Bréfritari: Sigríður Pálsdóttir
Viðtakandi: Páll Pálsson
Dagsetning: A-1842-04-30
Skrifað á: Síðumúla  Mýr.
Páll var bróðir Sigríðar

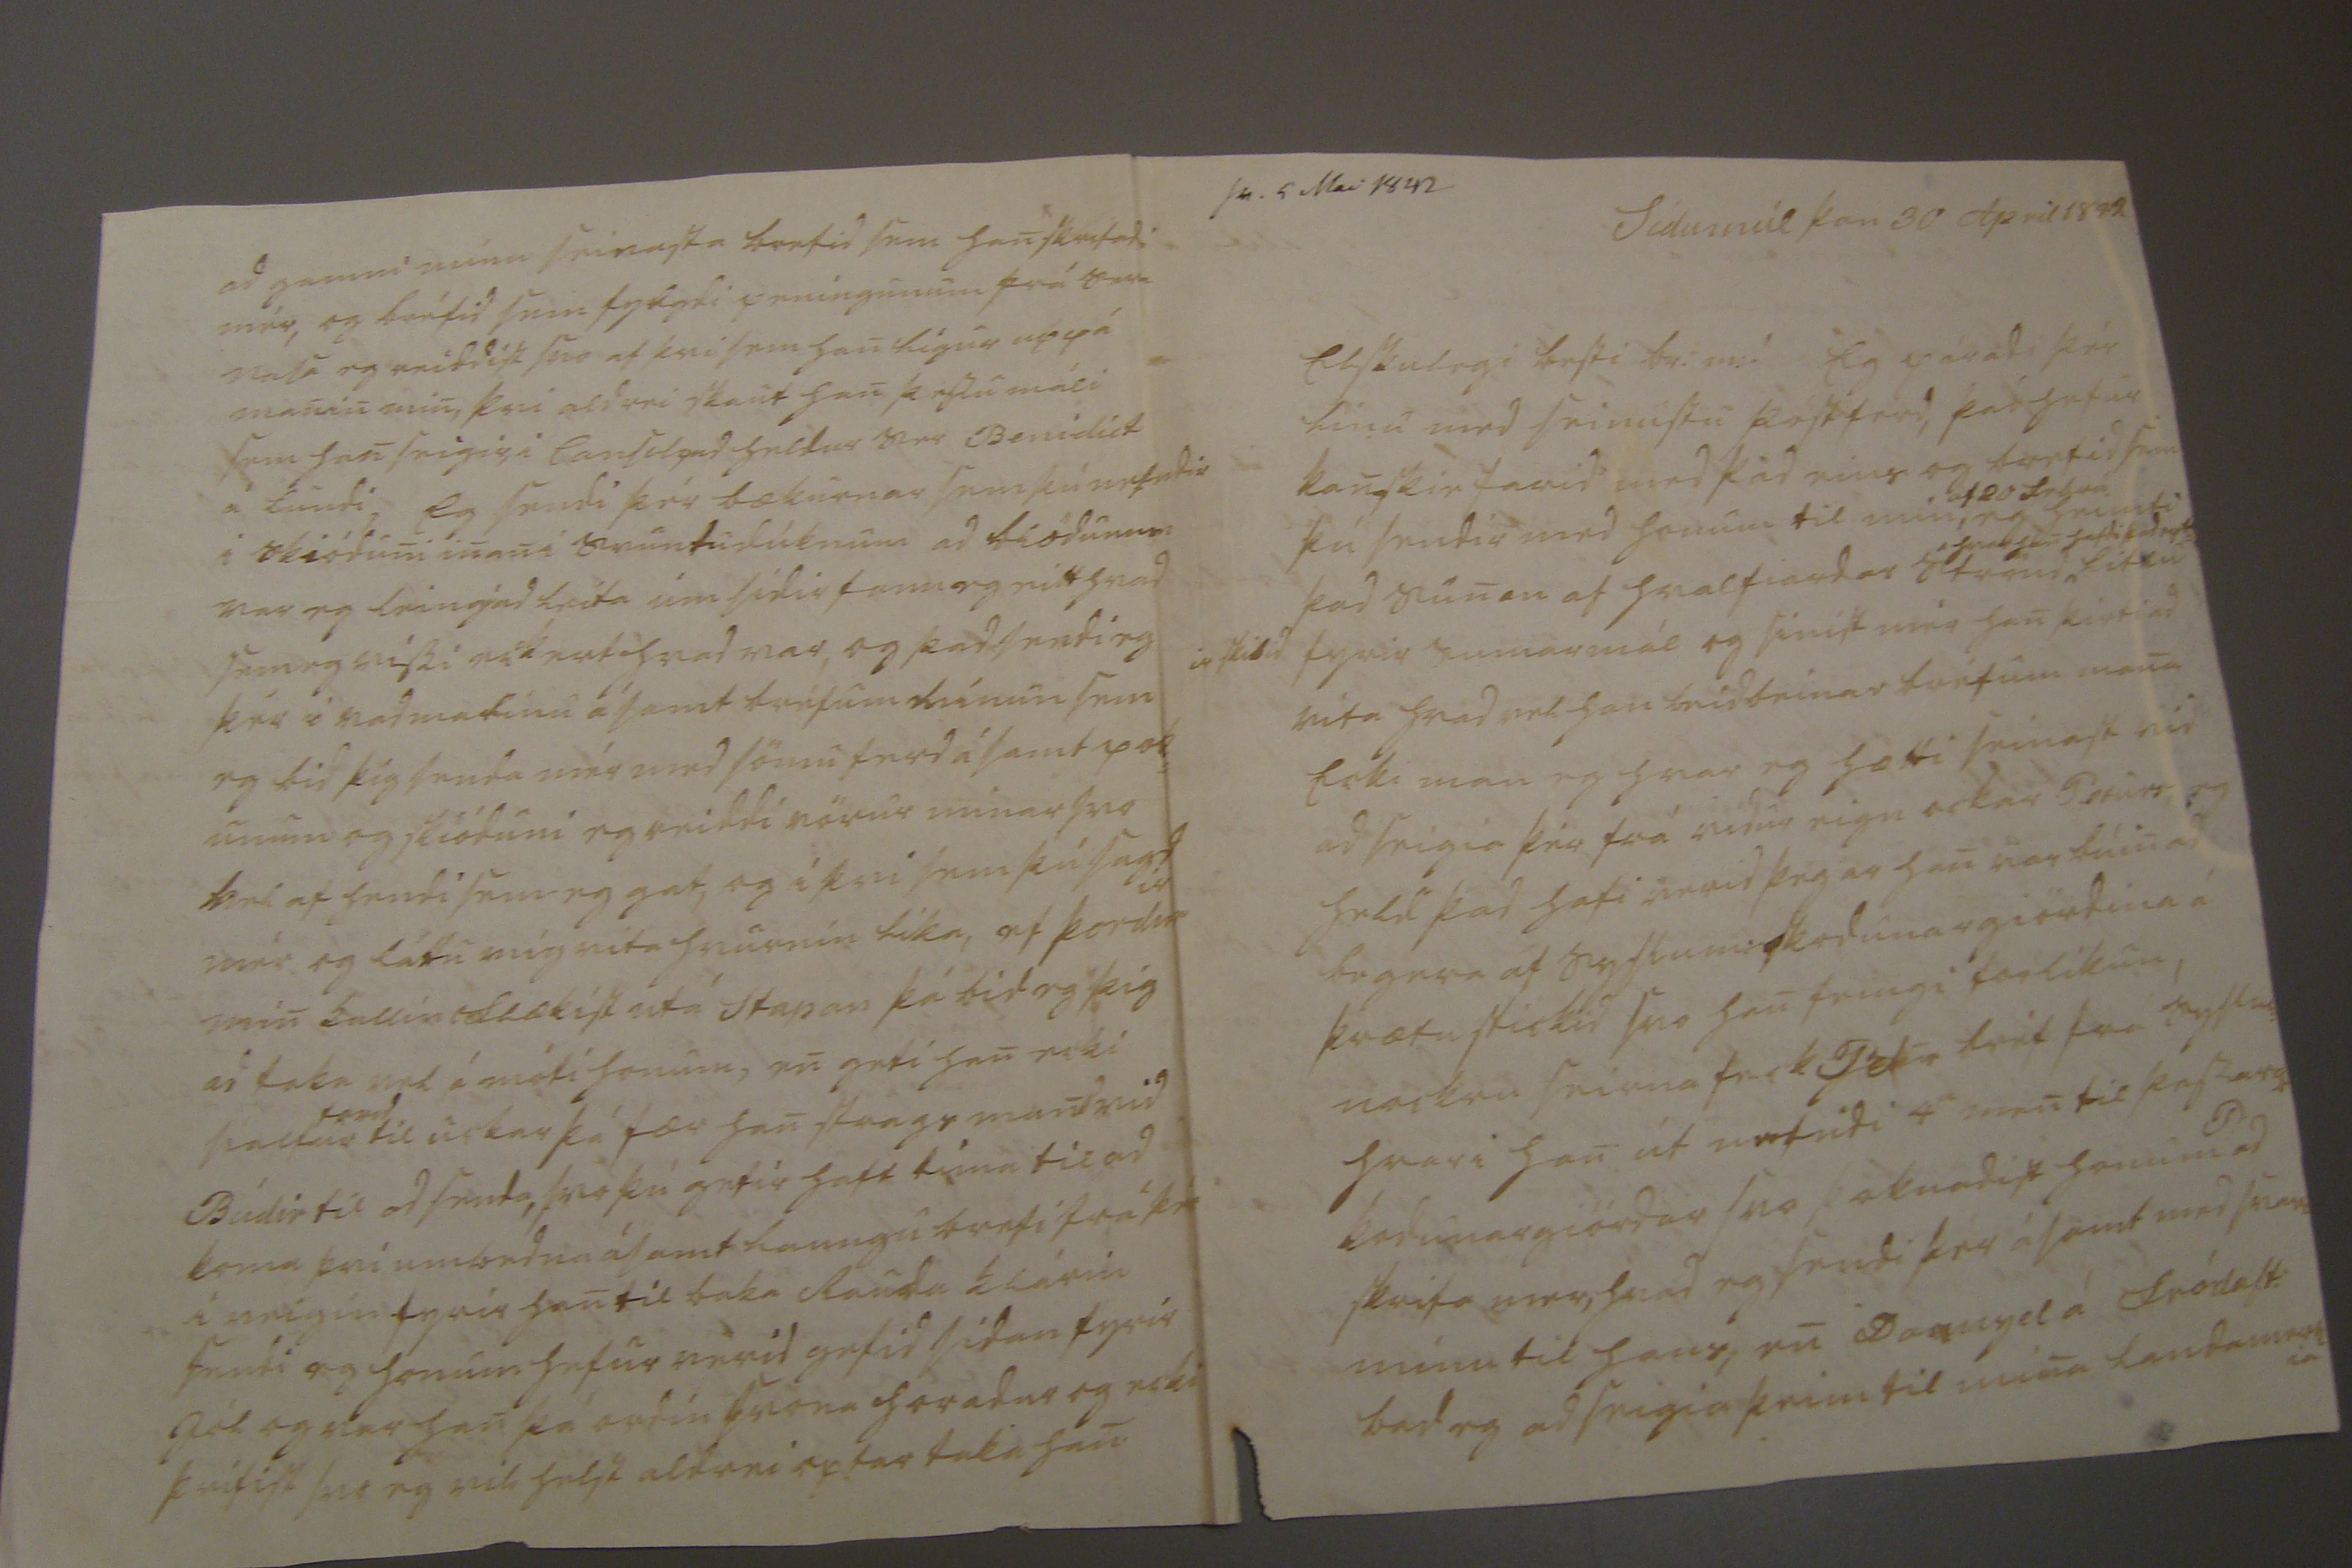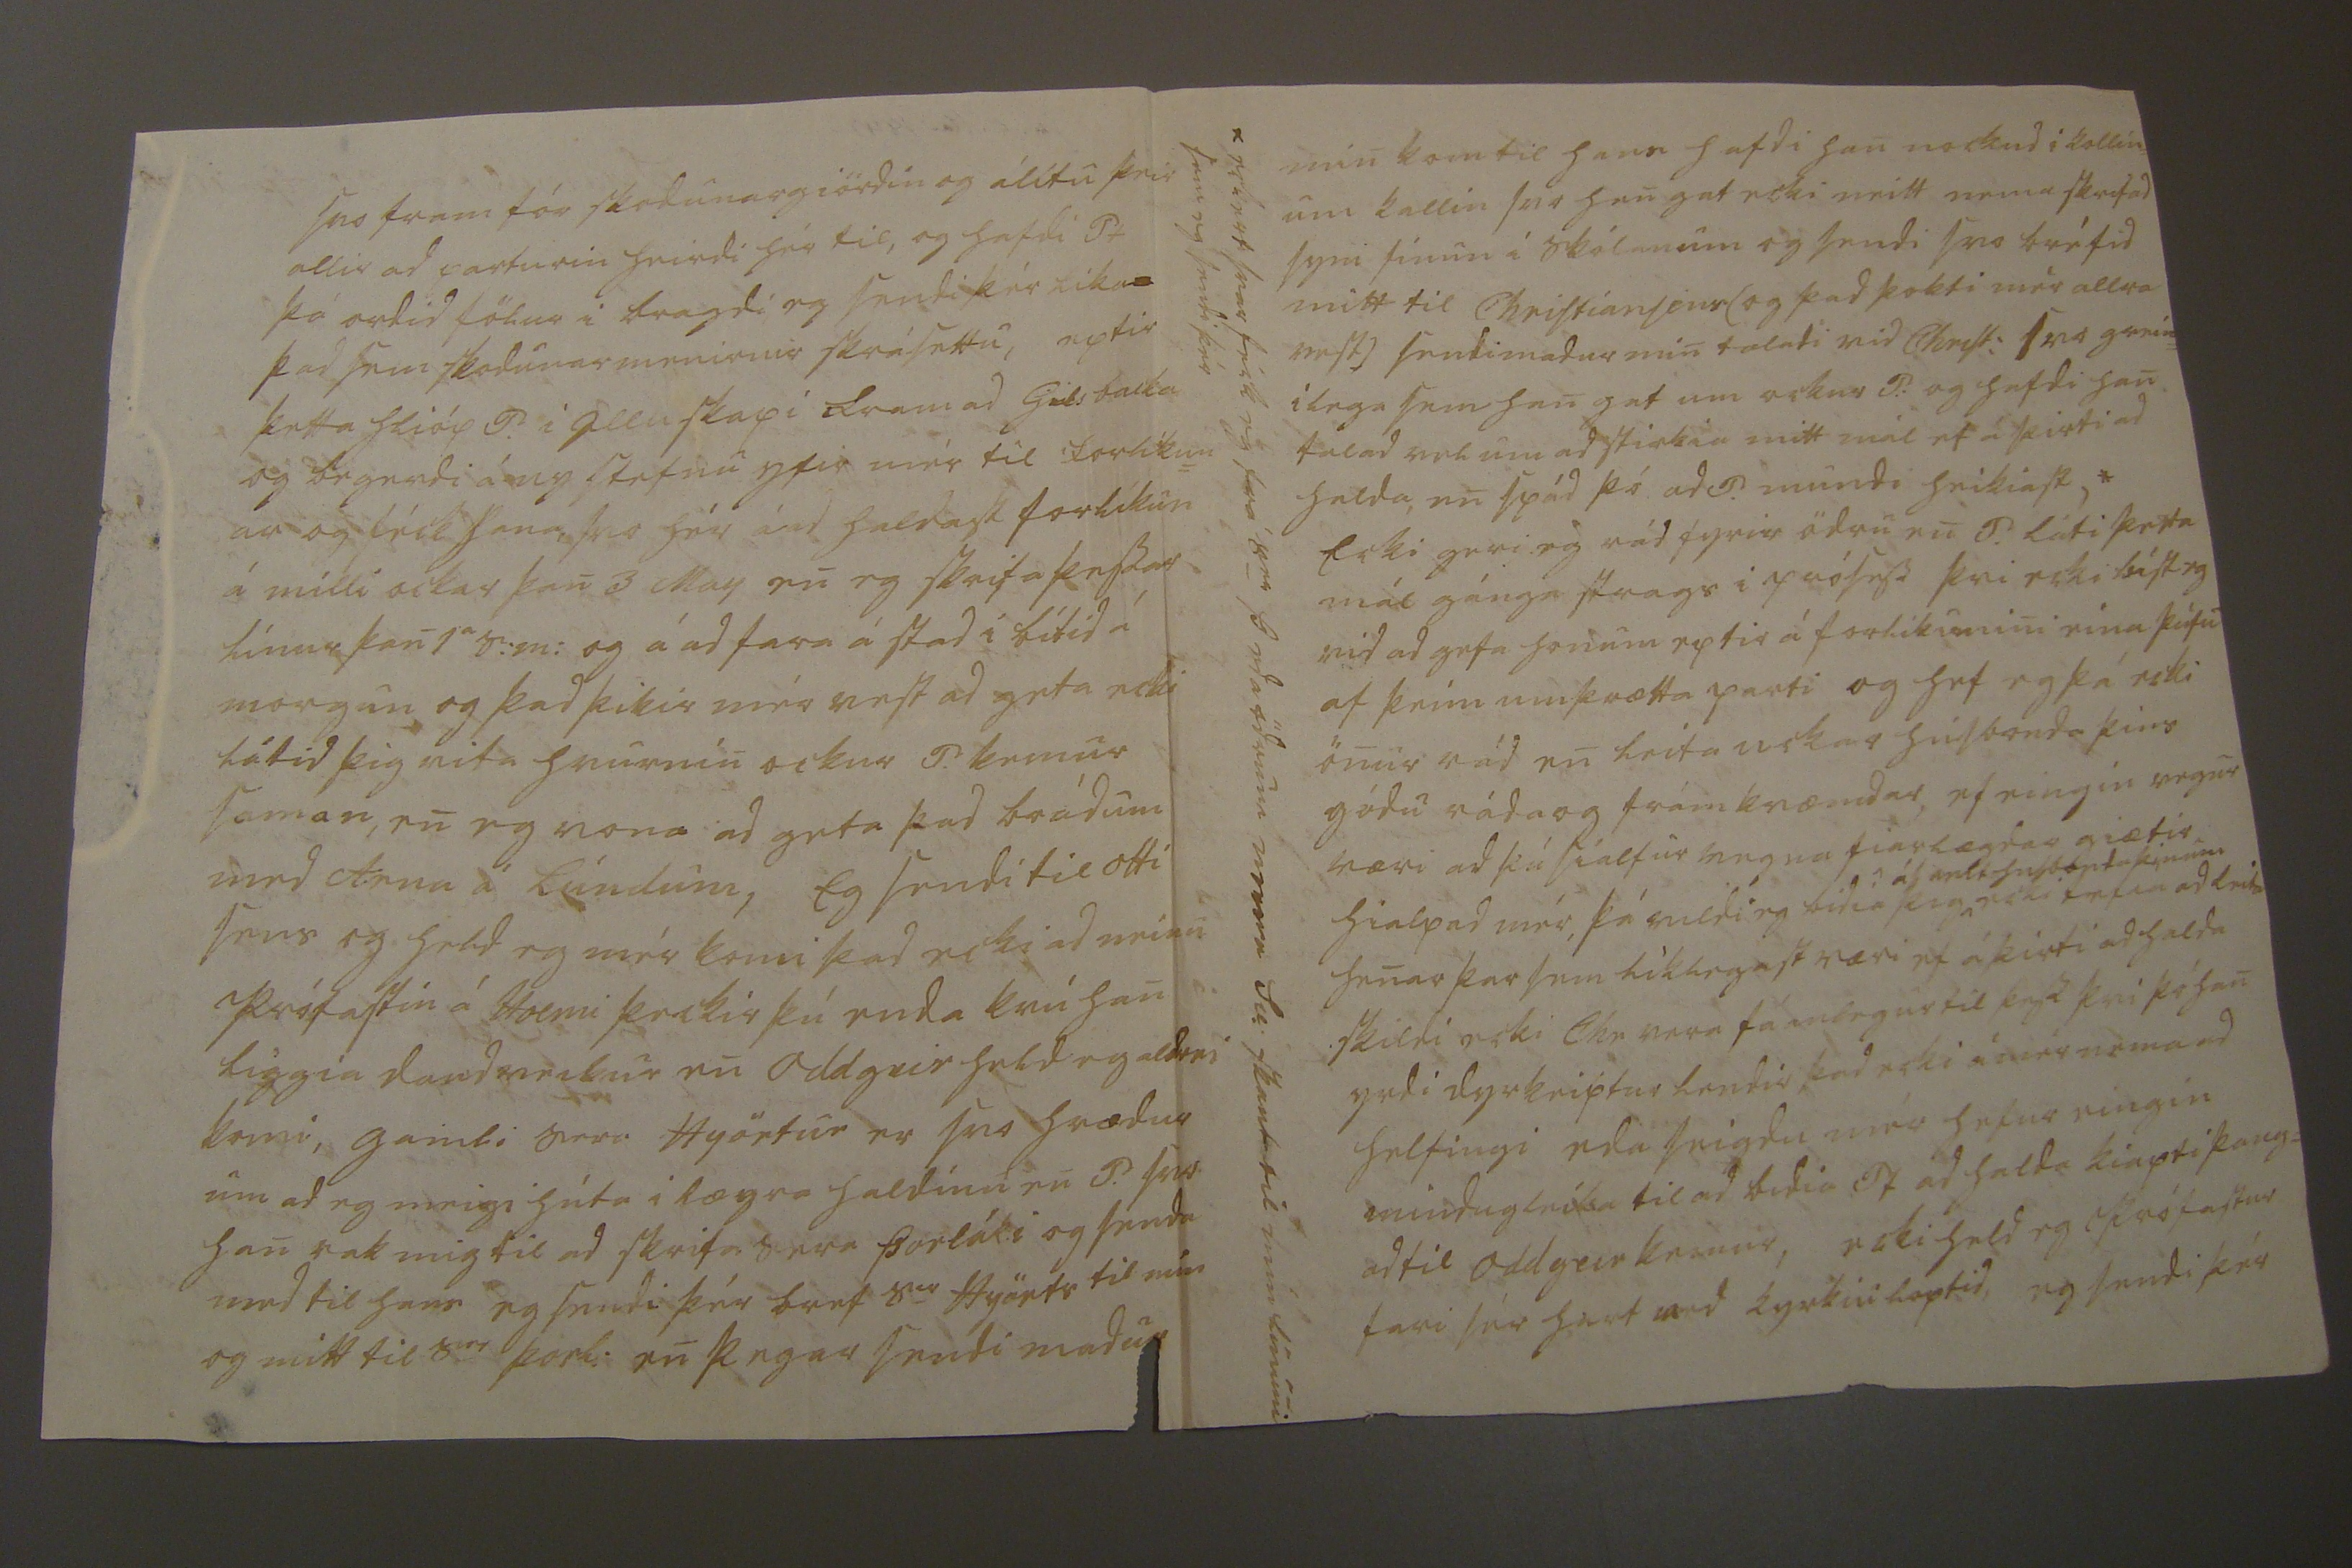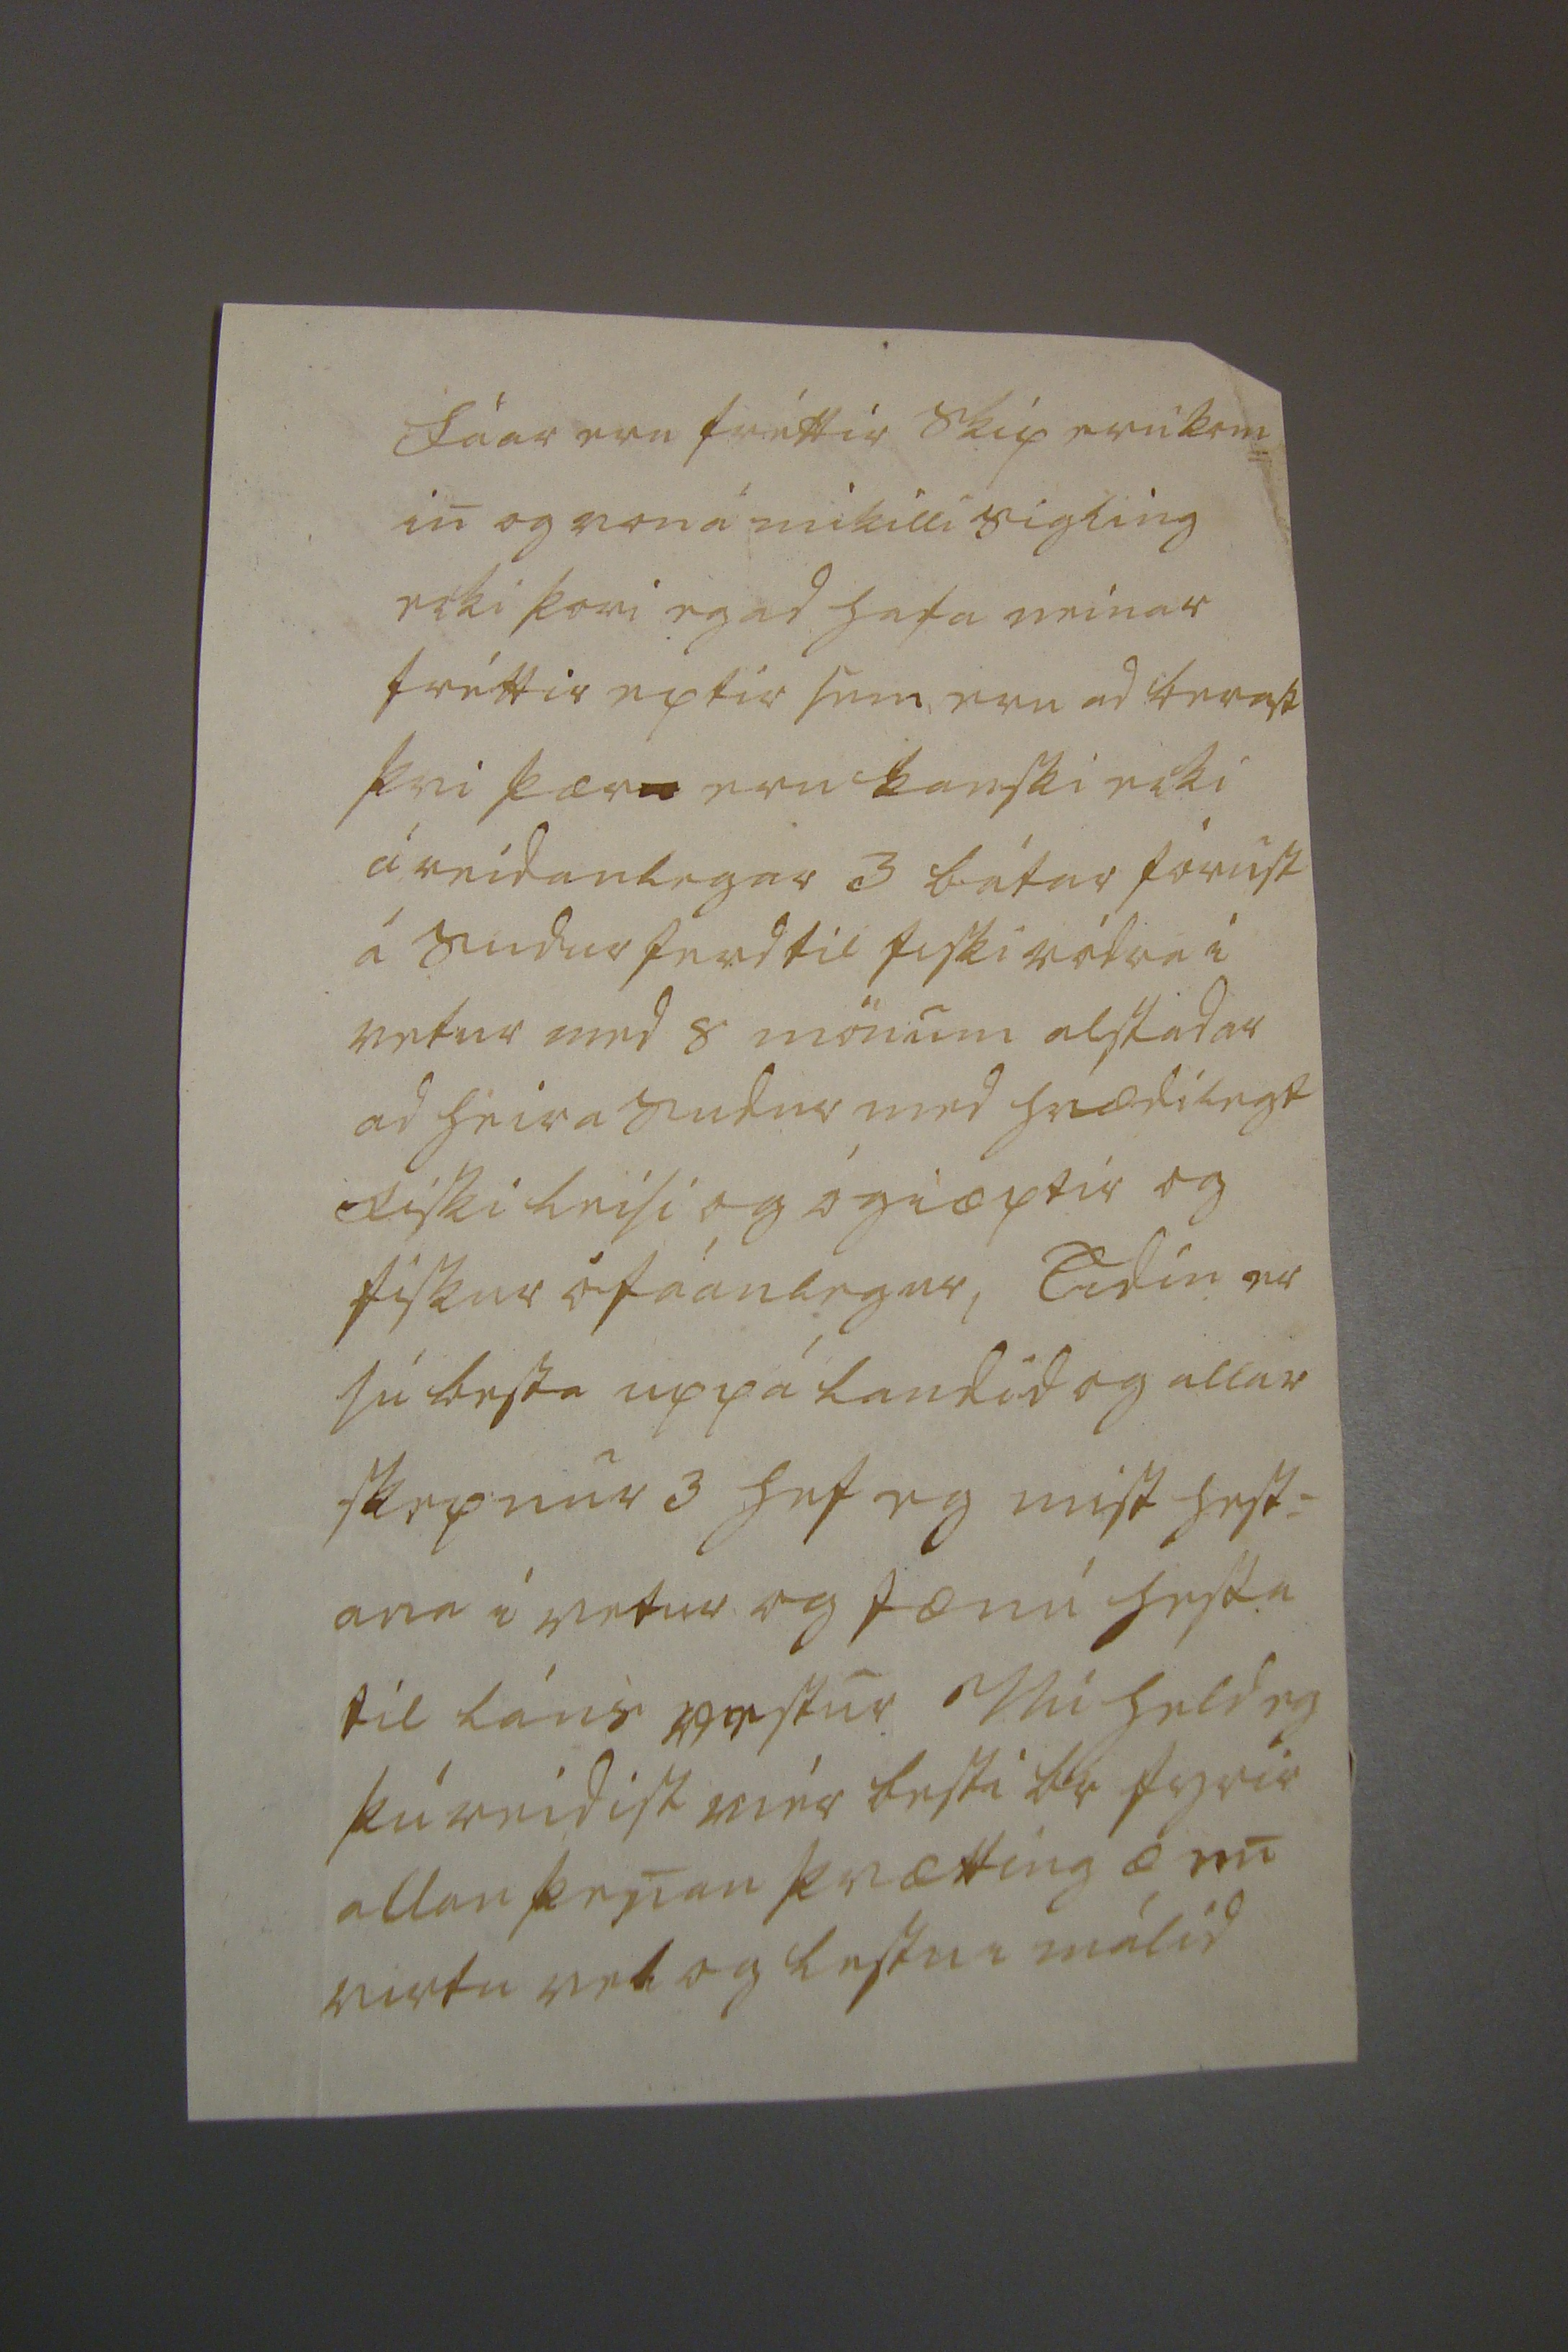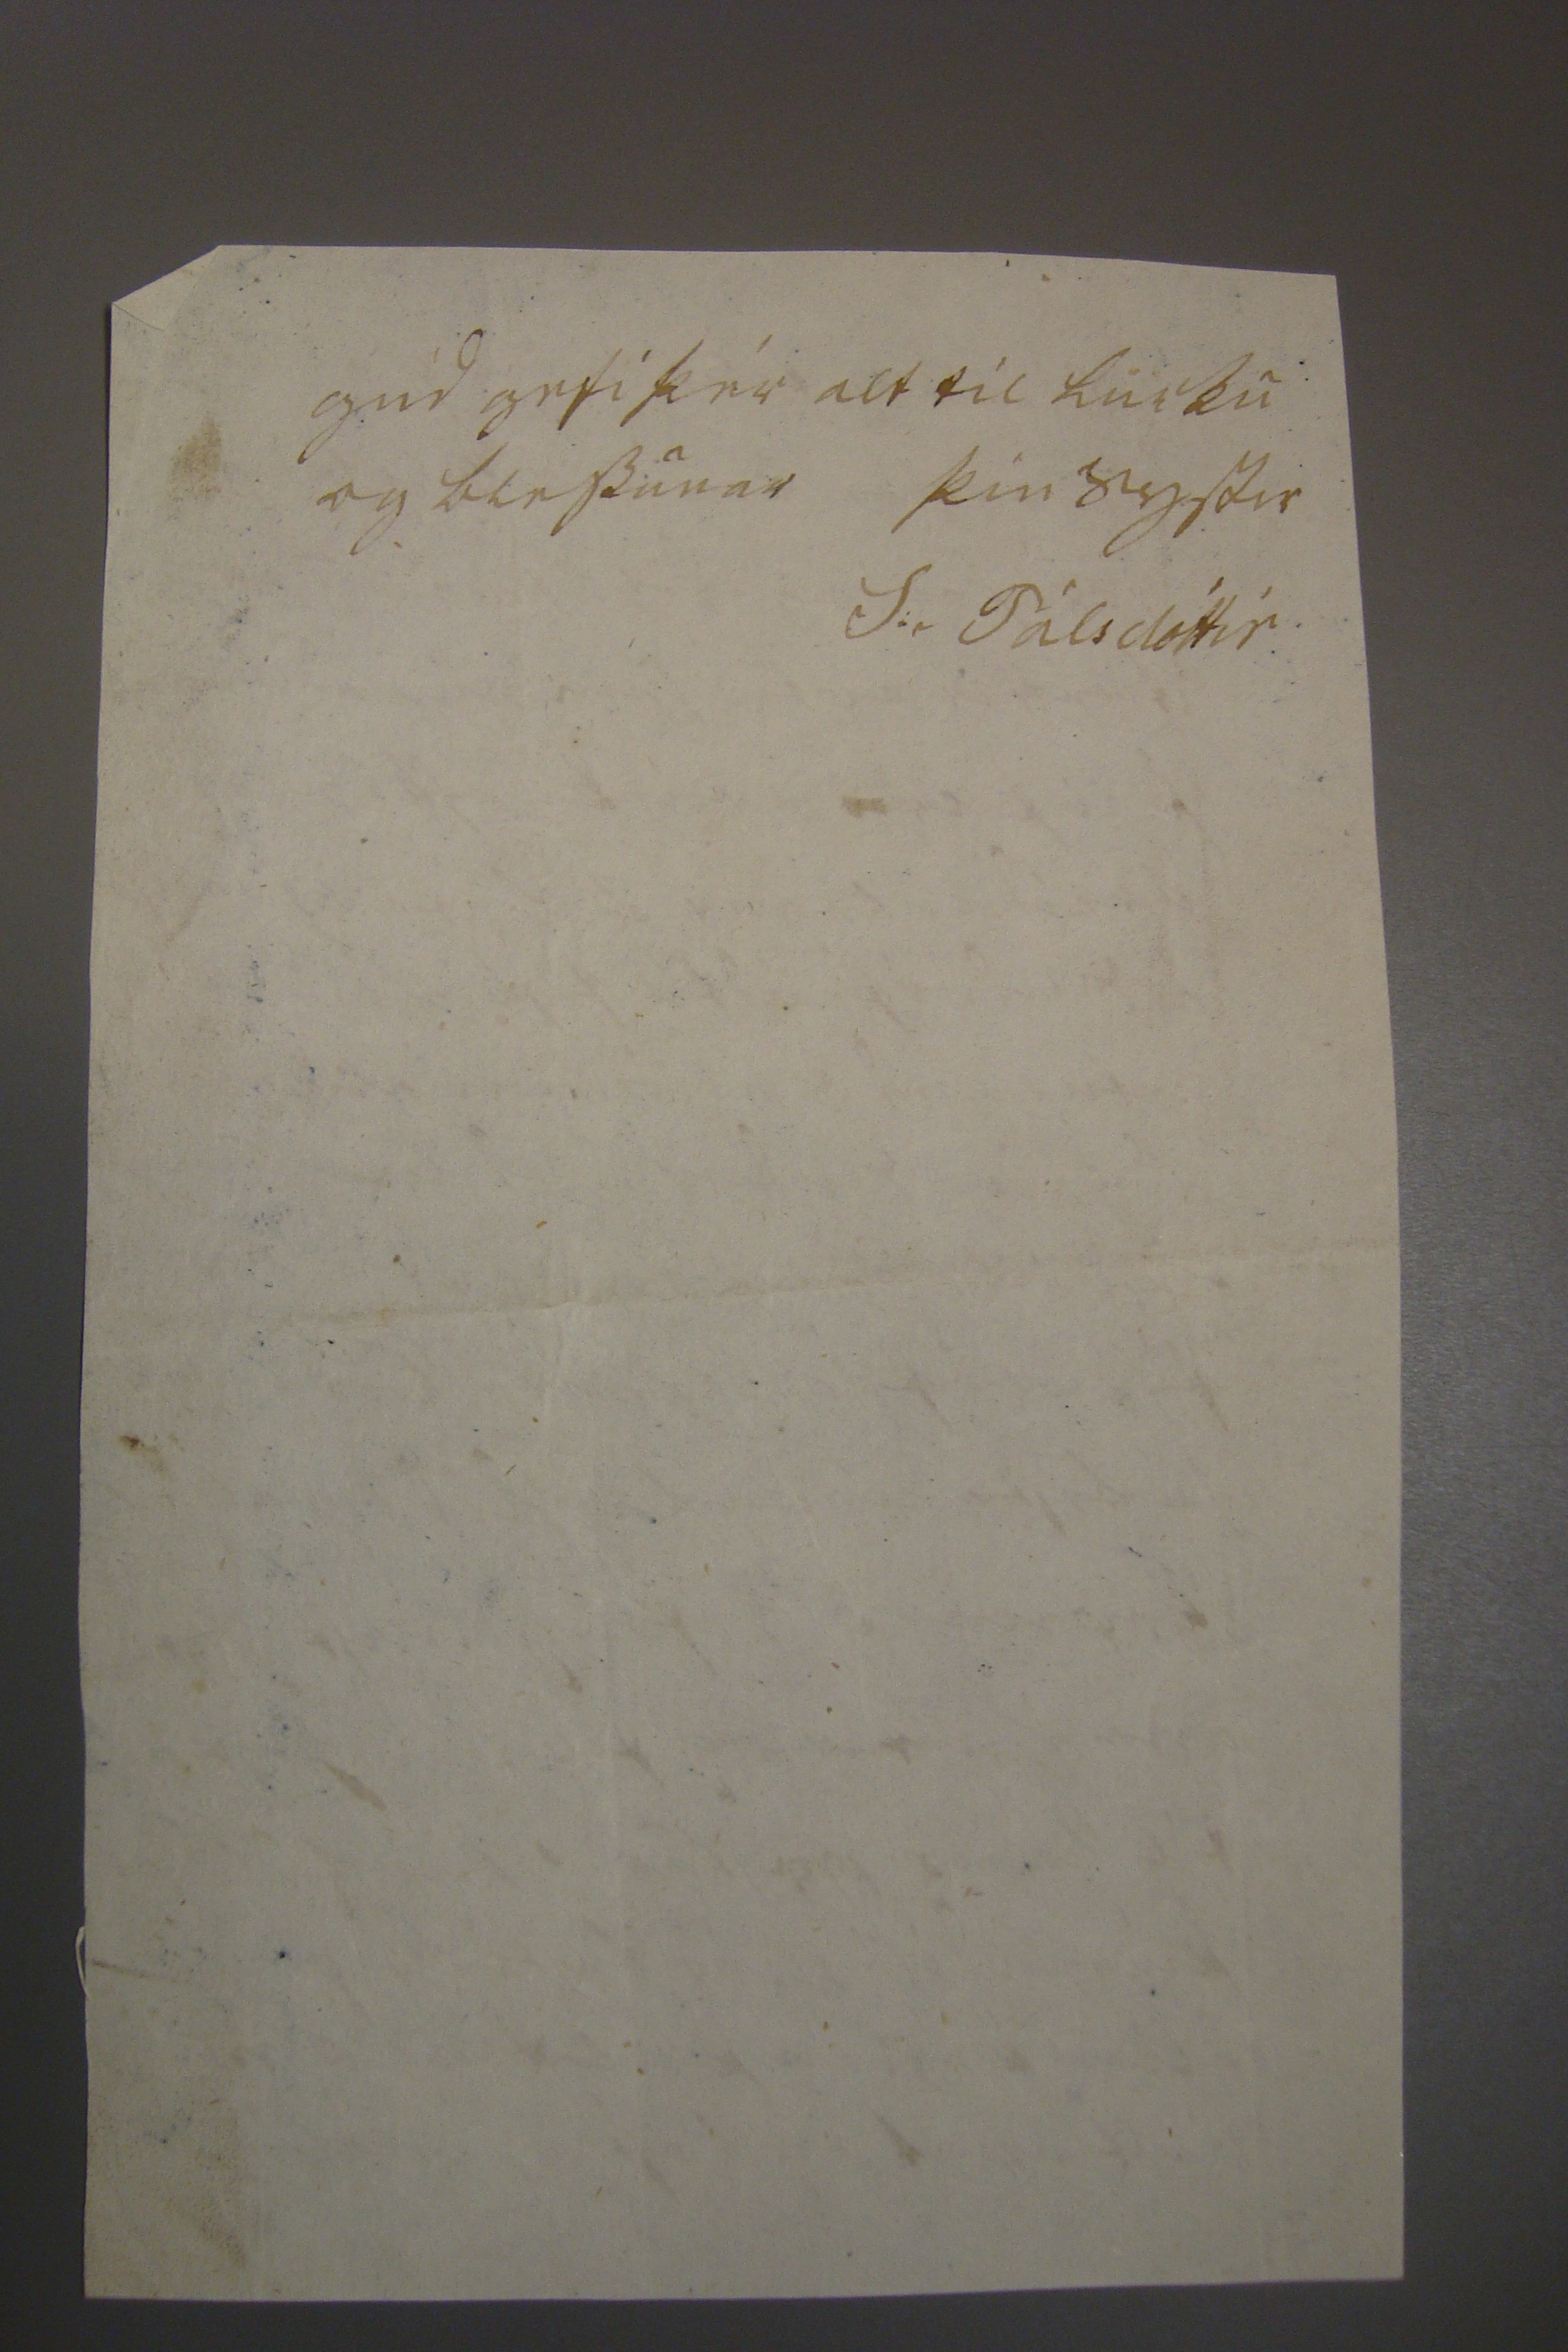

sv. 5 Mai 1842 Sídumúl þan 30 April 1842
Elskulegi besti br:m:! Eg páradi þér línu med seinustu póstferd, þad hefur kanskie farid med þad eins og brefid sem þú sendir med honum til mín,
af 20 febrú
eg heimti þad sunan af hvalfiardar strönd
hvar han hafdi þad ept= ir skilid
litlu fyrir sumarmál og sinist mér han þirti ad vita hvad vel han leidbeinar bréfum mana Ecki man eg hvar eg hætti seinast vid ad seigia þér frá vidur eign ockar Peturs,
eg
held þad hafi verid þegar han var búin ad
begera
af syslum: skodunargiördina á
þrætustickid
svo han feingi forlíkun, nockru seirna feck Petur bréf frá syslm: hvar i han út nefndi 4
a
men til þessarar bodunargiördar svo þóknadist honum
P:
ad skrifa mer, hvad eg sendi þér ásamt med
svari
mínu til hans, en Da
n
nyel á Fródast: bad eg ad seigia þeim til mina
landamerkia
svo fram fór skodunargiördin og álítu þeir allir ad parturin heirdi hér til, og hafdi Pt þá ordid fölur i bragdi, eg sendi þér líka þad sem skodunar menirnir skrásettu, eptir þetta hlióp P. í illu skapi fram ad Gilsbacka og begerdi á ny stefnu yfir mér til forlíkun= ar og féck hana, svo hér á ad haldast forlíkun á milli ockar þan 3 May en eg skrifa þessar línur þan 1
a
S:m: og á ad fara á stad í bítid á morgun og þad þikir mér vest ad geta ecki látid þig vita hvurnin ockur P: kemur saman, en eg vona ad geta þad brádum med Arna á Lúndum, Eg sendi til otti sens og held eg mér komi þad ecki ad neinu prófastin á Holmi þeckir þú enda kvu han liggia daudveikur en Oddgeir held eg aldrei komi, gamli sera Hyörtur er svo hrædur um ad eg meigi lúta i lægra haldinu en P. svo han rak mig til ad skrifa sera Þorláki og senda med til hans eg sendi þér bref S
ie
Hyörts til mín og mitt til S
er
Þorl: en þegar sendi madur
min kom til hans hafdi han nockud i kollin= um kallin svo han gat ecki neitt nema skrifad syni sínun í skólanum og sendi svo bréfid mitt til Christiansens( og þad þokti mér allra vest) sendimadur min taladi vid Christ: svo grein= ilega sem han gat um ockur P: og hafdi han talad vel um ad stirkia mitt mál ef á þirti ad halda, en spád þó ad P. mundi heikiast, * Ecki geri eg rád fyrir ödru en P. láti þetta mál gánga strags i prósess þvi ecki bíst eg vid ad gefa honum eptir á forlíkunini eina þúfu af þeim umþrætta parti og hef eg þá ecki önur rád en leita
u
ckar húsbonda þins gódu ráda og framkvæmdar, ef eingin vegur væri ad þú sialfur vegna fiarlægdar giætir hialpad mér, þá vildi eg bidia þig
ásamt husbonda þinum
ecki tefia ad leita henar þar sem líklegast væri ef á þirti ad halda skildi ecki Chr vera fáanlegur til þess þvi þó han yrdi dyrkeiptur lendir þad ecki á mér nema ad helfingi eda seigdu mér hefur eingin mindugleika til ad bidia Pt ad halda kiapti þang= ad til Oddgeir kemur, ecki held eg prófastur fari sér hart med kyrkiuloptid, eg sendi þér
* eckert svar féck eg frá S
ra
B eda ödrum nema
S00 skant
til mín línum sem eg sendi þér
ad gamni mínu seinasta brefid sem han skrifadi mér, og bréfid sem fylgdi peningunum frá sera Nasa og reiddist svo af þvi sem han lígur uppá manin min, þvi aldrei skaut han þessu máli sem han seigir, i
0anselynd
heldur ser Benidict á Lundi, Eg sendi þér bækurnar sem þú nefndir i skióduni inan i svuntudúknum ad blödunum var eg leingi ad leita um sídir fann eg eitthvad sem eg vissi eckert hvad var, og þad sendi eg þér i vadmalinu ásamt bréfum línum sem eg bid þig senda mér med sömu ferd ásamt pok= unum og skiódum eg veiddi vörur minar svo vel af hendi sem eg gat, og í þvi sem þú sagdir mér og láttu mig vita hvurnin líka, ef Þordur min kallin flækist út á Stapan þá bid eg þig ad taka vel á móti honum, en geti han ecki sialfur
farid
til uckar þá fær han strags man
d
vid Búdir til ad senda, svo þú getir haft tíma til ad koma þvi umbedna ásamt laungu brefi frá þér í veigin fyrir han til baka Raudu klárin sendi eg honum hefur verid gefid sídan fyrir Jól og var han þá ordin svona horadur og ecki þrifist svo eg vil helst aldrei optar taka han
Fáar eru fréttir skip eru kom= in og von á mikilli sigling ecki þori eg ad hafa neinar fréttir eptir sem eru ad berast þvi þær eru kanski ecki árídanlegar 3 bátar fórust á sudurferd til fiski ródra í vetur med 8 mönum alstadar ad heira sudur med hrædilegt fiski leisi og ógiæptir og fiskur ófáanlegur, Tídin er sú besta uppá landid og allar skepnur 3 hef eg mist hest= ana i vetur og fæ nú hesta til láns vestur Nú held eg þú reidist mér besti br fyrir allan þenan þvætting æ en virtu vel og lestu i málid
gud gefi þér alt til lucku og blessunar
þin systir
S. Pálsdóttir